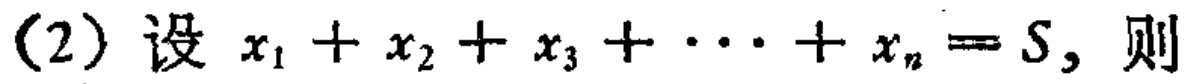
(2) 设 \(x_{1}+x_{2}+x_{3}+\cdots +x_{n}=S\)，则